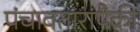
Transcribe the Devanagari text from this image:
पंचावतारांपैकी